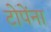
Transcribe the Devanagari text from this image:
टोपेंना